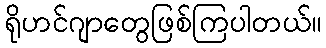
ရိုဟင်ဂျာတွေဖြစ်ကြပါတယ်။